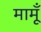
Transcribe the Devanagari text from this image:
मामूँ